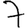
Digit: 7